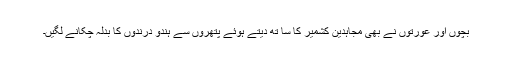
بچوں اور عورتوں نے بھی مجاہدین کشمیر کا سا تھ دیتے ہوئے پتھروں سے ہندو درندوں کا بدلہ چکانے لگیں۔